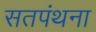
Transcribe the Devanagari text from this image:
सतपंथना